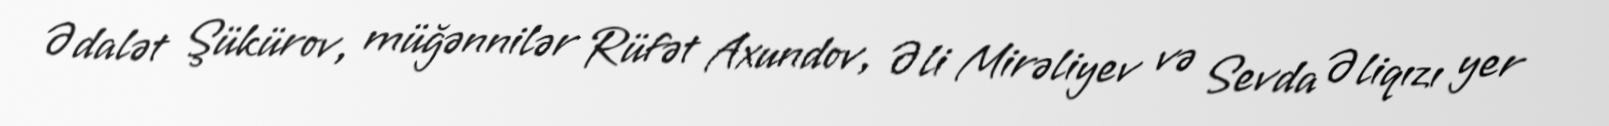
Ədalət Şükürov, müğənnilər Rüfət Axundov, Əli Mirəliyev və Sevda Əliqızı yer